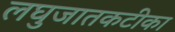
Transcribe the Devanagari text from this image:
लघुजातकटीका